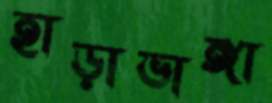
হাড়াভাঙ্গা